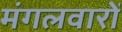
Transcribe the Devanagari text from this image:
मंगलवारों